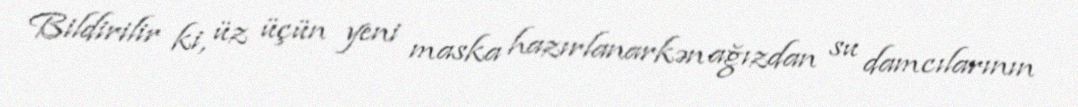
Bildirilir ki, üz üçün yeni maska hazırlanarkən ağızdan su damcılarının